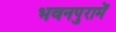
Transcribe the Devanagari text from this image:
भवनपुरामें